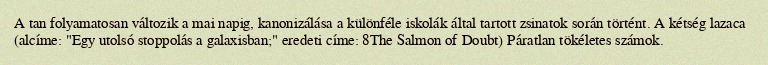
A tan folyamatosan változik a mai napig, kanonizálása a különféle iskolák által tartott zsinatok során történt. A kétség lazaca (alcíme: "Egy utolsó stoppolás a galaxisban;" eredeti címe: 8The Salmon of Doubt) Páratlan tökéletes számok.